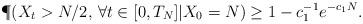
LaTeX: \begin{align*}\P(X_t>N/2, \, \forall t\in[0,T_N]|X_0=N)\ge 1-c_1^{-1}e^{-c_1N}.\end{align*}